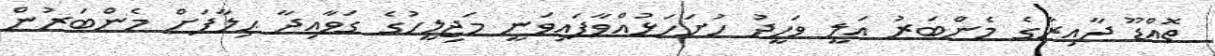
ތޮއްޑޫ ދާއިރާގެ މެންބަރު އަލީ ވަހީދު ހުށަހަޅުއްވާފައިވަނީ މަޖިލީހުގެ ގަވާއިދާ ޙިލާފަށް މެންބަރުން